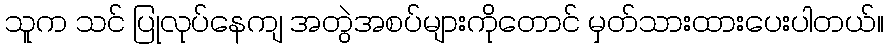
သူက သင် ပြုလုပ်နေကျ အတွဲအစပ်များကိုတောင် မှတ်သားထားပေးပါတယ်။